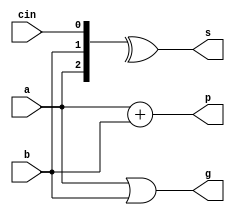
`timescale 1ns / 1ps
//////////////////////////////////////////////////////////////////////////////////
// Student: Tawseef Patel 101145333
// 
// Design Name: fulladder_dataflow.v
// Module Name: fulladder_dataflow
// Project Name: Lab2_4_1
//
//////////////////////////////////////////////////////////////////////////////////


module fulladder_dataflow(
    input a, b, cin,
    output s, p, g
);

assign s = ^{a, b, cin};
assign p = a + b;
assign g = a | b; 
    
endmodule